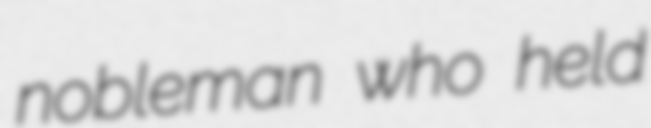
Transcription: nobleman who held